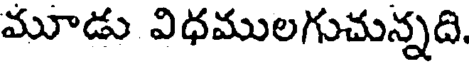
మూడు విధములగుచున్నది.